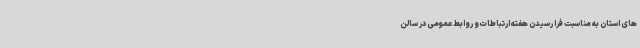
های استان به مناسبت فرا رسیدن هفته ارتباطات و روابط عمومی در سالن